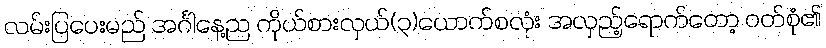
လမ်းပြပေးမည် အင်္ဂါနေ့ည ကိုယ်စားလှယ်(၃)ယောက်စလုံး အလှည့်ရောက်တော့ ဝတ်စုံ၏